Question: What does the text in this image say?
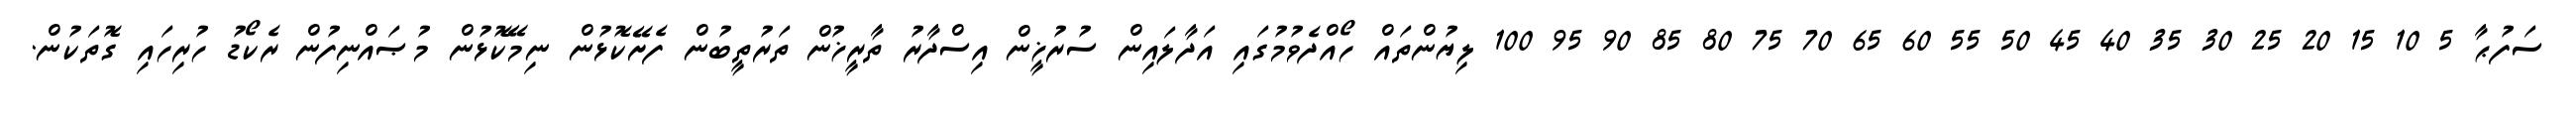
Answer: ސަފުޙާ 5 10 15 20 25 30 35 40 45 50 55 60 65 70 75 80 85 90 95 100 ލިޔުންތައް ހޯއްދެވުމުގައި އަދާލައިން ސުރުޚީން އިސްދާރު ތާރީޚުން ތަރުތީބުން ފެށޭކޮޅުން ނިމޭކޮޅުން މުޞައްނިފުން ރެކޯޑު ހުރިހައި ގޮތަކުން.